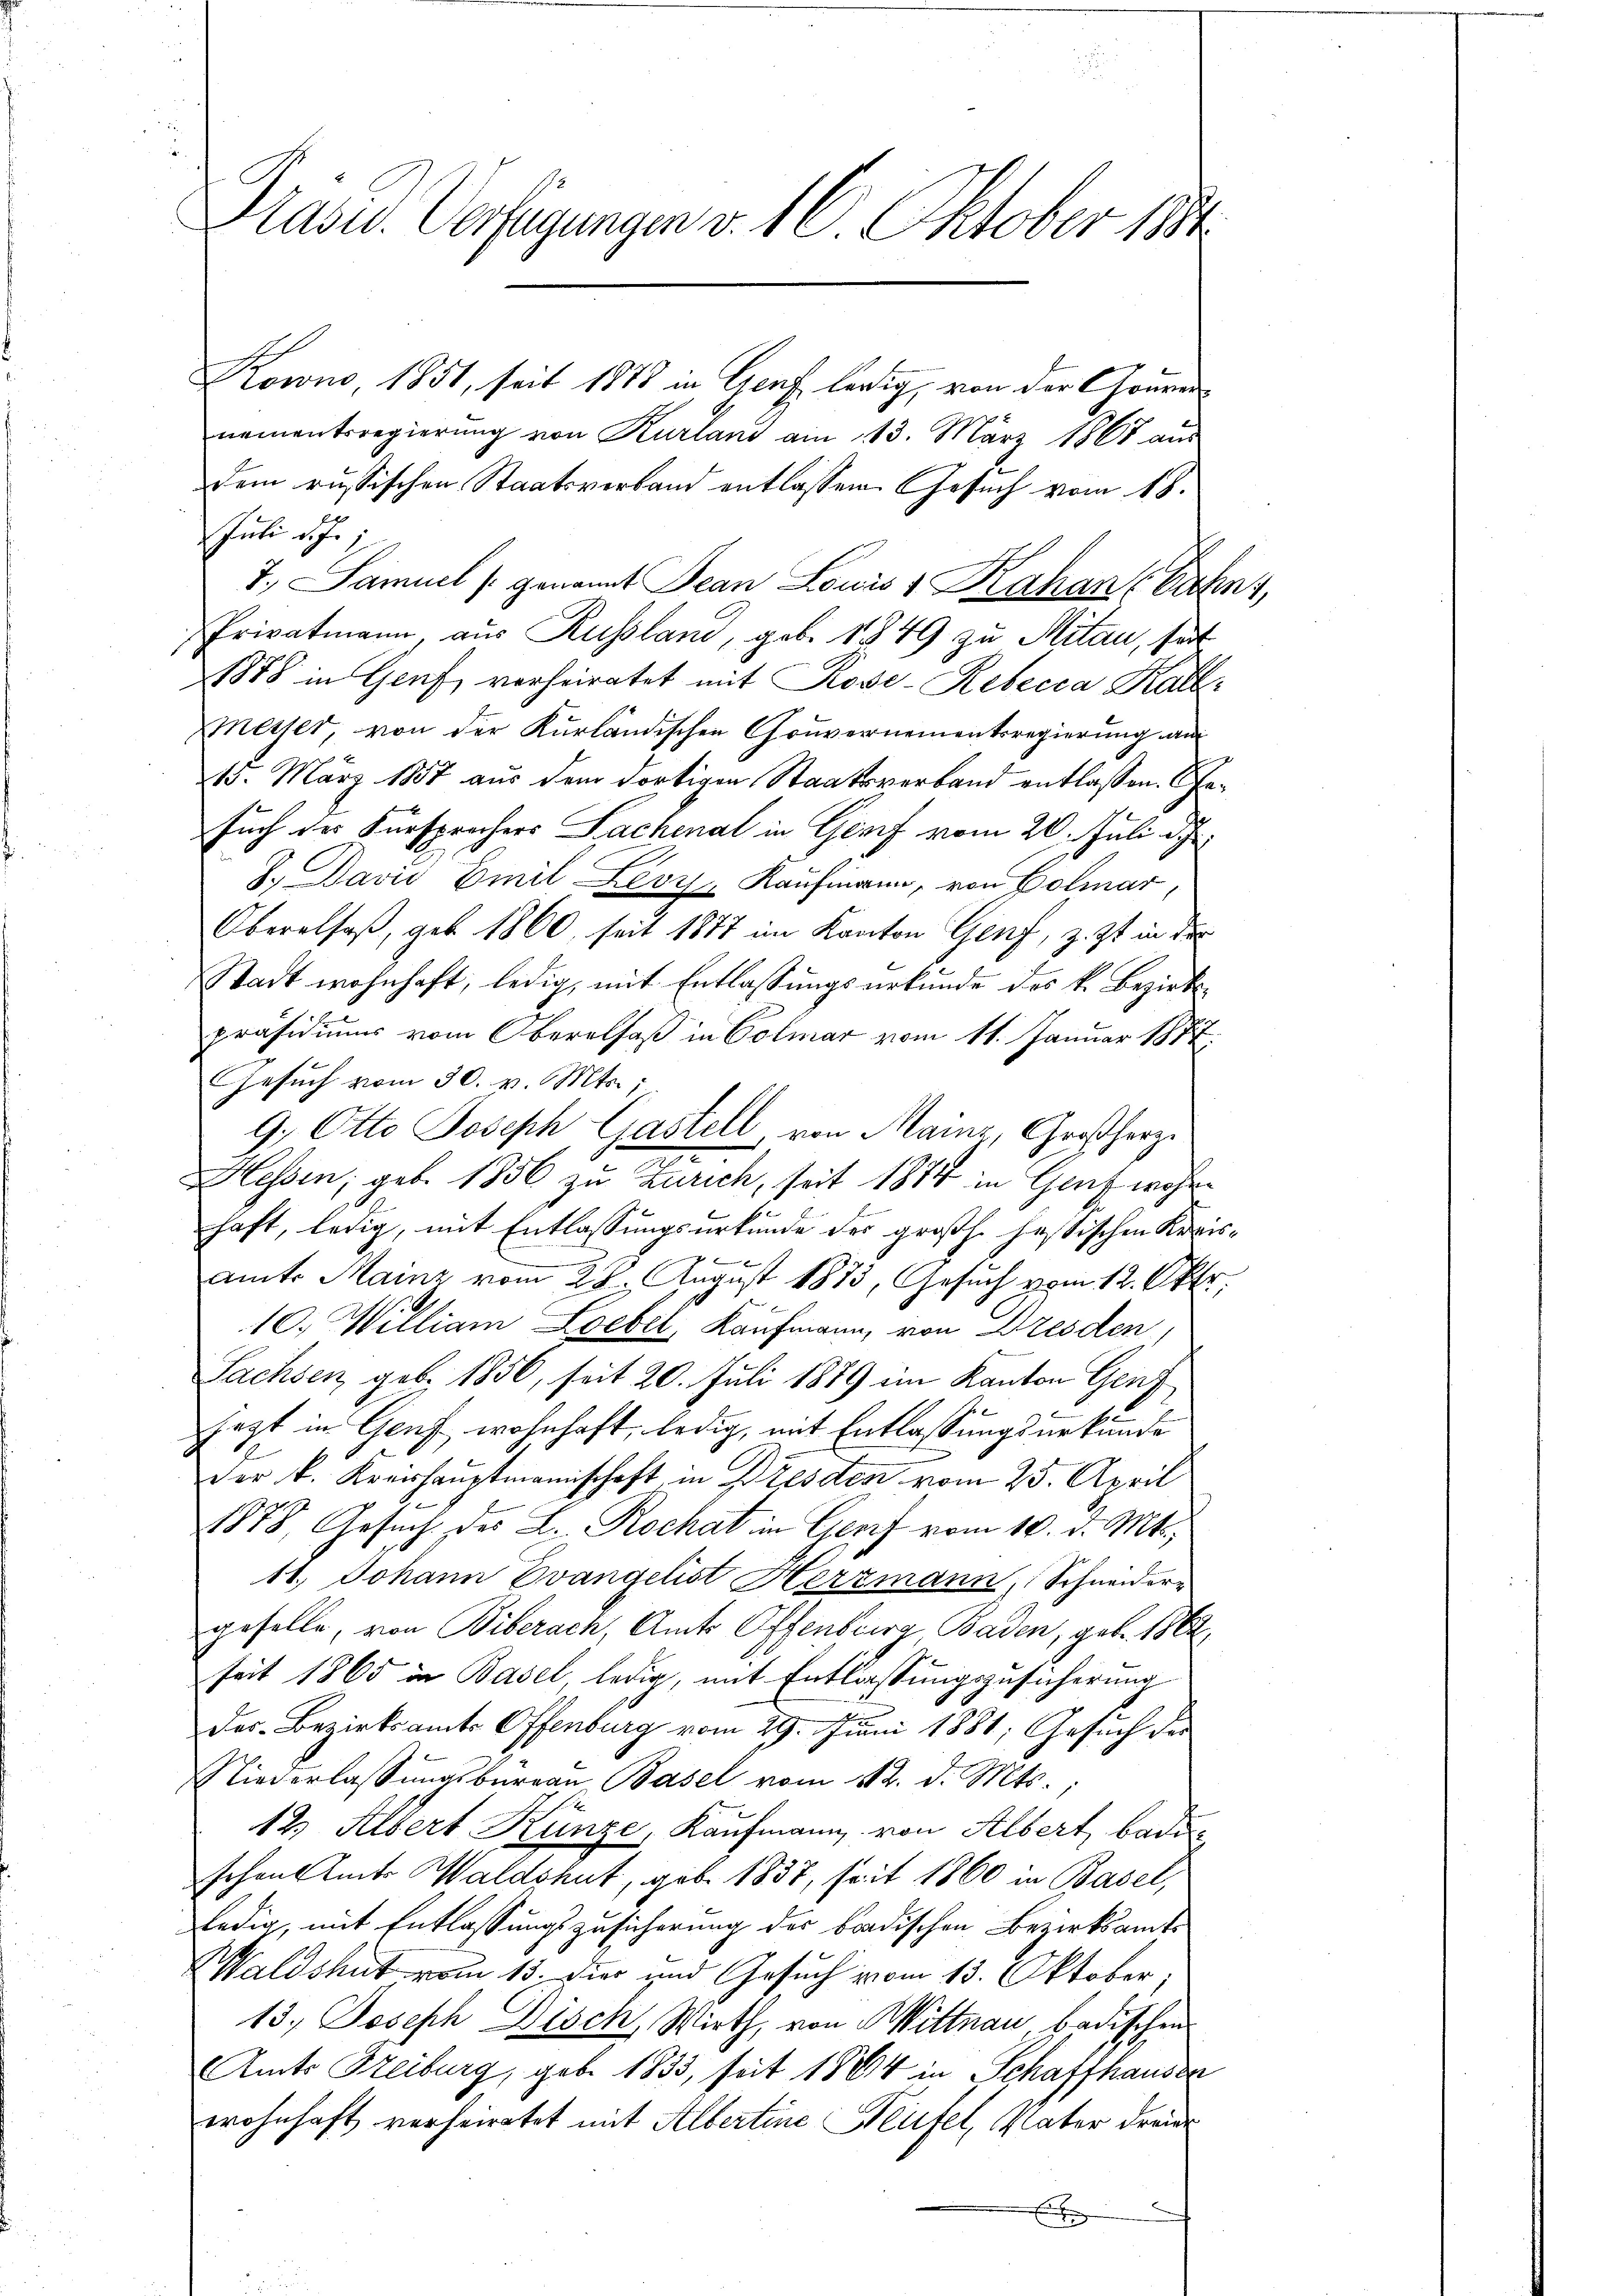
Präsid. Verfügungen v. 16. Oktober 1891

Rowno, 1851, seit 1873 in Genf ledig, von der Couvernamentsregierŭng von Kurland am 113. März 1868 aŭs
dem russischen Staatsverband entlassen. Gesuch vom 18.
Juli d. J.
7., Samuel genannt Pean Louis 1 Kahan (Jahn,
Privatmann, aus Russland, geb. 1849 zu Mitan, hat
1878 in Genf, verheiratet mit Rose-Rebecca Kalb
Messer, von der Kurländischen Gouvernementsregierung an
15. März 1887 aus dem dortigen Staatsverband entlassen. Gesuch des Fürsprechers Sachenal in Genf vom 20. Juli de
J. David Emil Zevy- Kaufmann, von Colmar
Oberalsaß, geb. 1860, seit 1877 im Kanton Genf, z. Zt. in der
Stadt wohnhaft, ledig, mit Entlassungsurkunde des k. Bezirkspräsidiums vom Oberalsaß in Colmar vom 11. Januar 1877.
Gesŭch vom 30. v. Mts.,
9. Otto Joseph Castell von Mains, Großherz
.
Hessen; geb. 1856 zu Zürich, seit 1874 in Genf wahr
haft, ledig, mit Entlassungsurkunde der großh. hastischen Kreisx
amt. Mainz vom 28. August 1873, Gesuch vom 12. Okto
10. William Leebel, Kaufmann, von Dresden
Sachsen, geb. 1856, seit 20. Juli 1889 im Kanton Genf
sezt in Genf wohnhaft, ledig, mit Entlassungsurkunde
der k. Kreishauptmannschaft, in Dresden vom 25. April
1878, Gesuch des L. Rochat in Genf vom 10. d. Mts.
11. Johann Evangelist Herzmann, Schneidergeselle, von Biberach, Amts Offenburg, Baden, geb. 1862
seit 1865 in Basel, ledig, mit Entlassungszusicherung
Der Bezirksamts Offenburg vom 29. Juni 1881; Gesuch der
Niederlassungsbureau Basel vom 12. d. Mts.,
12. Albert Künze, Kaufmann von Albert, bade
schen Amts Waldshut, geb. 1837, seit 1860 in Basel,
ledig, mit Entlassungszusicherung des badischen Bezirksamte
Waldshut vom 13. Dier und Gesuch vom 13. Oktober.
13. Joseph Disch, Wirth, von Mittnau badischen
Amts Freiburg, geb. 1833, seit 1884 in Schaffhausen
wohnhaft verheiratet mit Albertine Neufel, Vater dreier
E